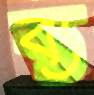
ব্য